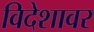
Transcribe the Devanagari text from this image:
विदेशावर